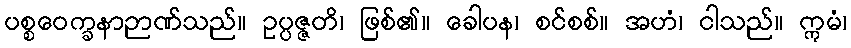
ပစ္စဝေက္ခနာဉာဏ်သည်။ ဥပ္ပဇ္ဇတိ၊ ဖြစ်၏။ ခေါပန၊ စင်စစ်။ အဟံ၊ ငါသည်။ ဣမံ၊